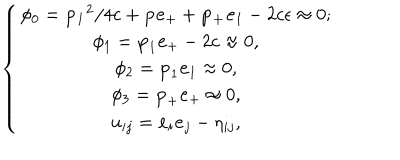
LaTeX: \left\{ \begin{array} { c } { { \phi _ { 0 } = { \bf p _ { 1 } } ^ { 2 } / 4 c + { \bf p } { \bf e } _ { + } + { \bf p _ { + } } { \bf e } _ { 1 } - 2 c \epsilon \approx 0 ; } } \\ { { \phi _ { 1 } = { \bf p } _ { 1 } { \bf e } _ { + } - 2 c \approx 0 , } } \\ { { \phi _ { 2 } = { \bf p } _ { 1 } { \bf e } _ { 1 } \approx 0 , } } \\ { { \phi _ { 3 } = { \bf p } _ { + } { \bf e } _ { + } \approx 0 , } } \\ { { u _ { i j } = { \bf e } _ { i } { \bf e } _ { j } - \eta _ { i j } , } } \\ \end{array} \right.